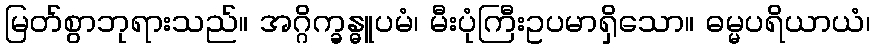
မြတ်စွာဘုရားသည်။ အဂ္ဂိက္ခန္ဓူပမံ၊ မီးပုံကြီးဥပမာရှိသော။ ဓမ္မပရိယာယံ၊